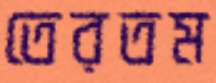
তেরতম